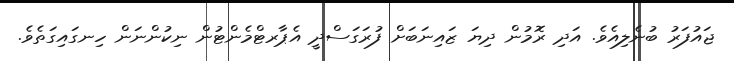
ޖައުފަރު ބުނެލިއެވެ. އަދި ރޮމުން ދިޔަ ޒައިނަބަށް ފުރަގަސްދީ އެޕާރޓްމެންޓުން ނިކުންނަން ހިނގައިގަތެވެ.